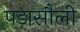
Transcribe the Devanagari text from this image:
पड़ासौली